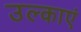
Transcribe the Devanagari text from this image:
उल्काएं